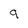
Character: 9